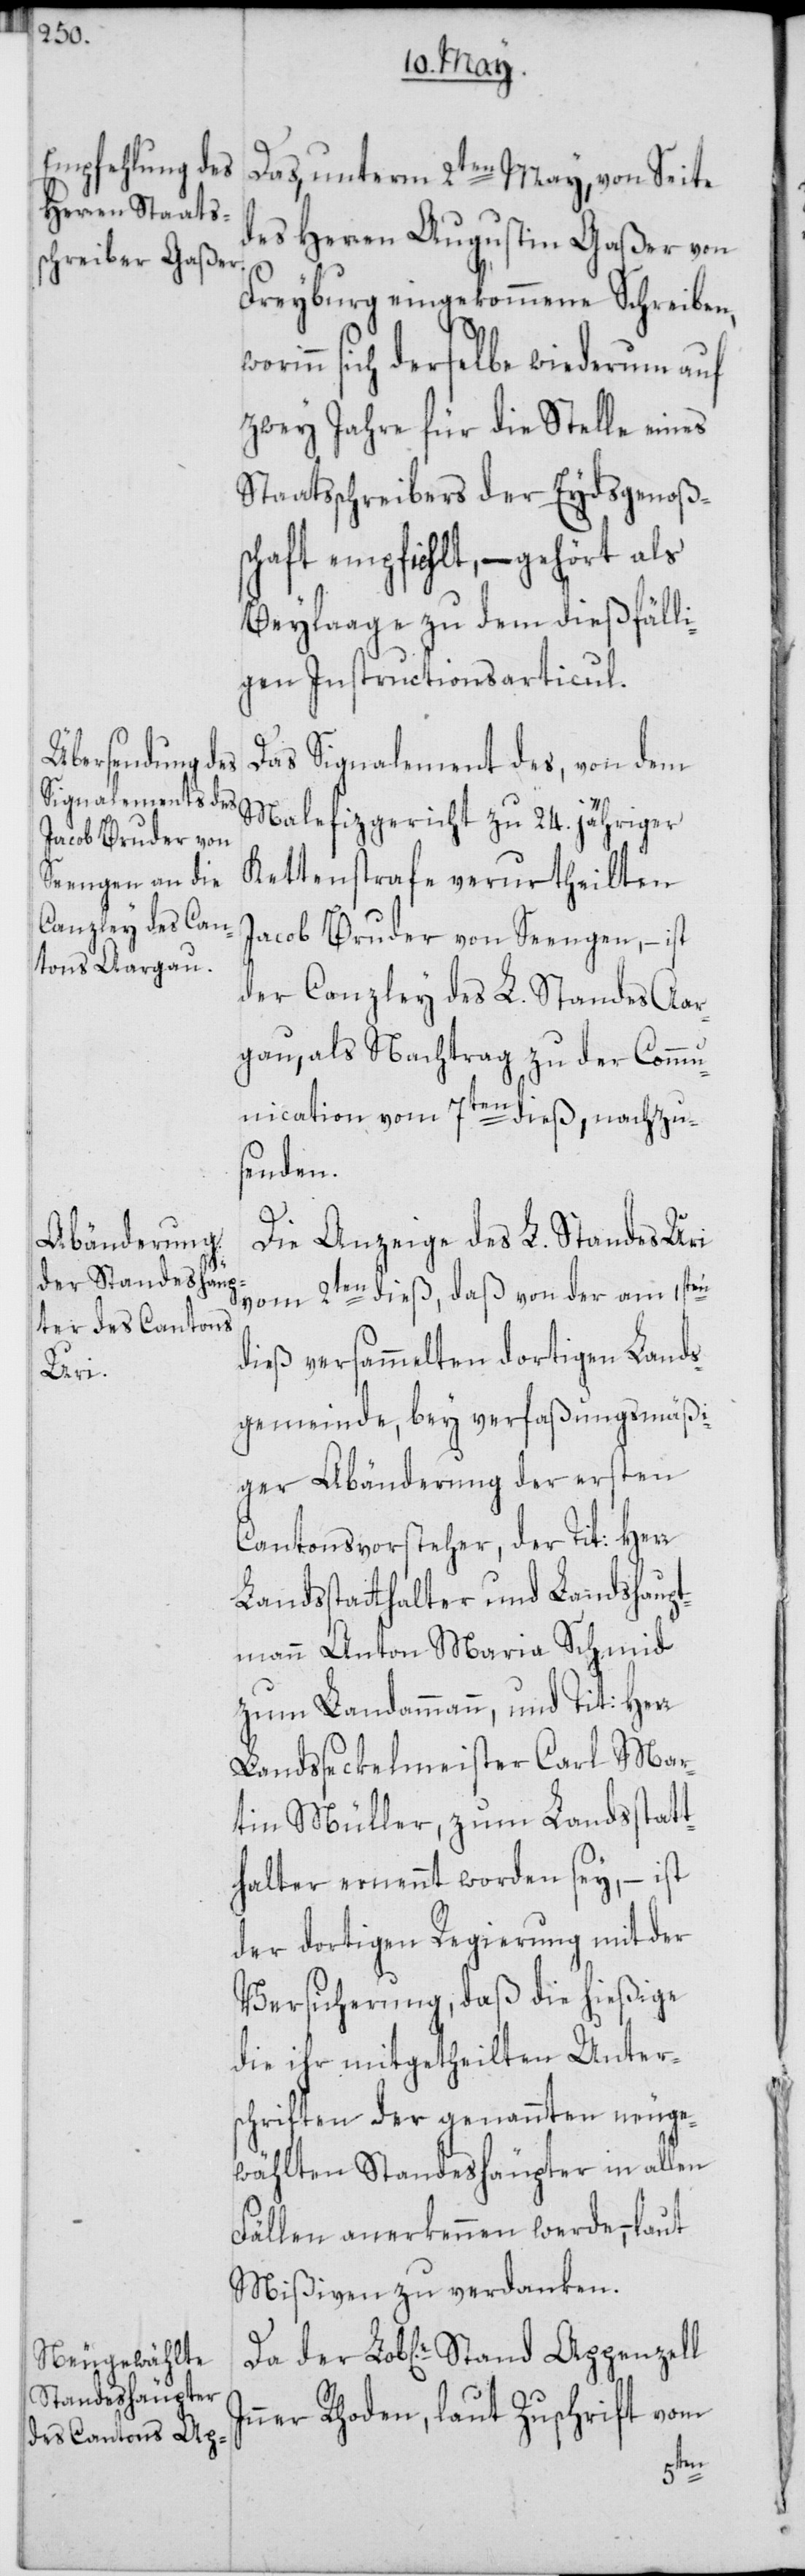
Das, unterm 2ten May, von Seite
des Herren Augustin Gaßer von
Freyburg eingekommene Schreiben,
rinn sich derselbe wiederum auf
zwey Jahre für die Stelle eines
Staatsschreibers der Eydsgenoßen¬
schaft empfiehlt, – gehört als
Beylaage zu dem dießfälli¬
gen Instructionsarticul.
Das Signalement des, von dem
Malefizgericht zu 24. jähriger
Kettenstrafe verurtheilten
Jacob Bruder von Seengen, – ist
der Canzley des L. Standes Aar¬
gau, als Nachtrag zu der Commu¬
nication vom 7ten dieß, nachzu¬
senden.
Die Anzeige des L. Standes Uri
vom 2ten dieß, daß von der am 1sten
dieß versammelten dortigen Lands¬
gemeinde, bey verfaßungsmäßi¬
ger Abänderung der ersten
Cantonsvorsteher, der Tit: Herr
Landsstatthalter und Landshaupt¬
mann Anton Maria Schmid
zum Landammann, und Tit: Herr
Landsseckelmeister Carl Mar¬
tin Müller, zum Landsstatt¬
halter ernennt worden sey, – ist
der dortigen Regierung mit der
Versicherung, daß die hießige
die ihr mitgetheilten Unter¬
schriften der genannten neuge¬
wählten Standeshäupter in allen
Fällen anerkennen werde, – laut
Mißiven zu verdanken.
ner Rhoden, laut Zuschrift vom
In¬